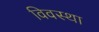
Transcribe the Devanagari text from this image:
विवस्था